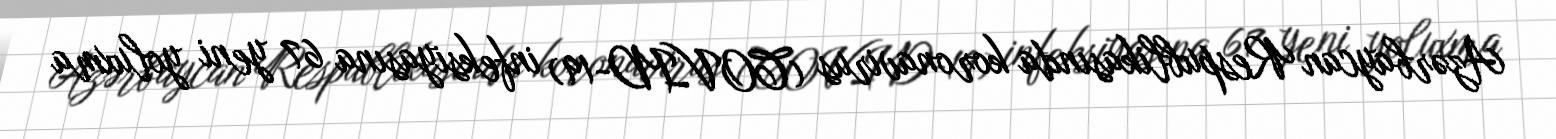
Azərbaycan Respublikasında koronavirus (COVID-19) infeksiyasına 67 yeni yoluxma